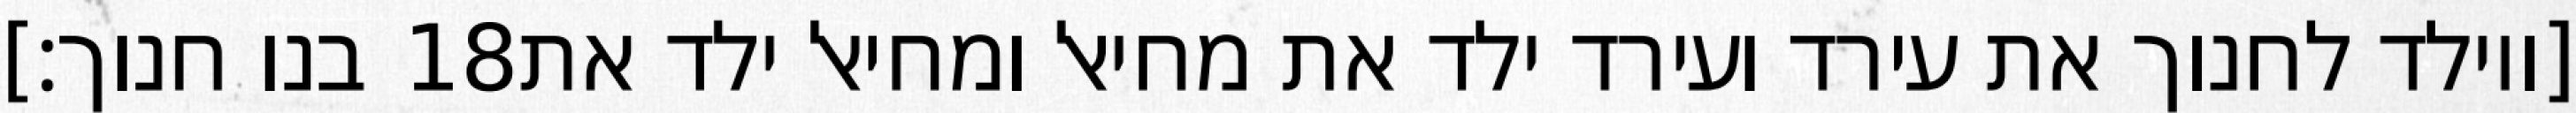
בנו חנוך׃] ‎18‏ [ויולד לחנוך את עירד ועירד ילד את מחיאל ומחיאל ילד את